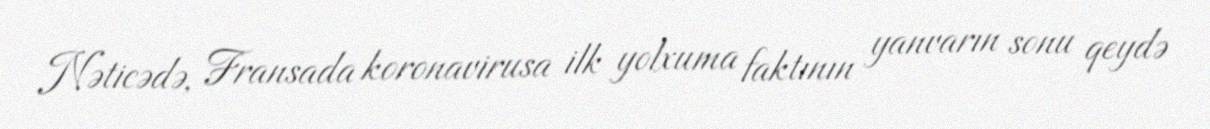
Nəticədə, Fransada koronavirusa ilk yolxuma faktının yanvarın sonu qeydə